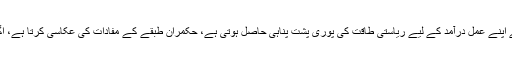
رائج الوقت اخلاقیات اور قانونی ضابطہ، جسے اپنے عمل درآمد کے لیے ریاستی طاقت کی پوری پشت پناہی حاصل ہوتی ہے، حکمران طبقے کے مفادات کی عکاسی کرتا ہے، اگرچہ وہ ایسا ڈھکے چھپے انداز میں کرتا ہے۔